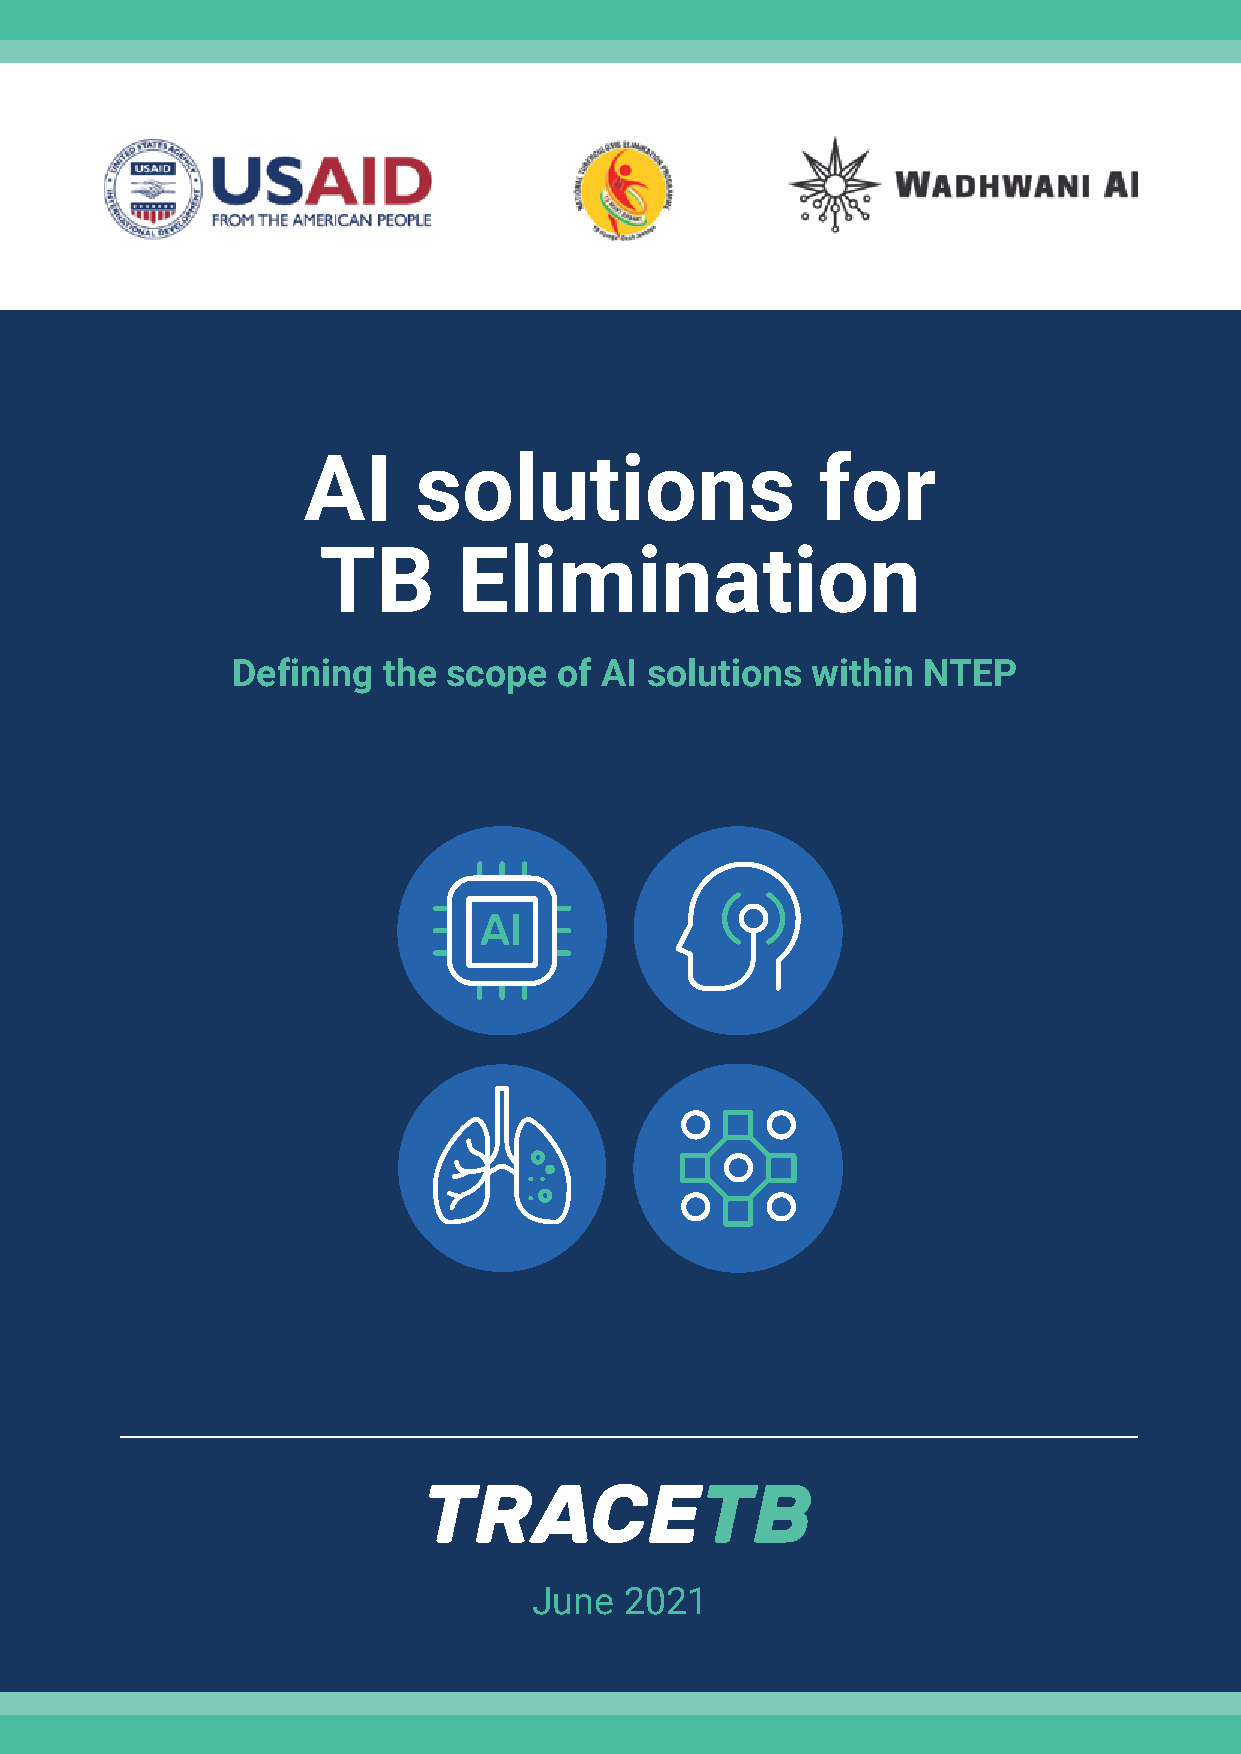
AI     solutions                  for
 TB       Elimination
 Defining  the  scope  of AI solutions  within NTEP
 June  2021